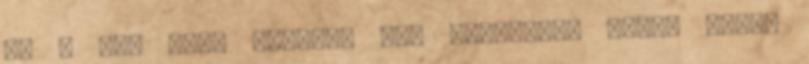
9. ↑ How many records has metallica sold? angol